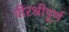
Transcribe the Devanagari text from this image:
वीरश्रीपूर्ण